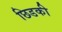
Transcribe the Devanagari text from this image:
छिडकी